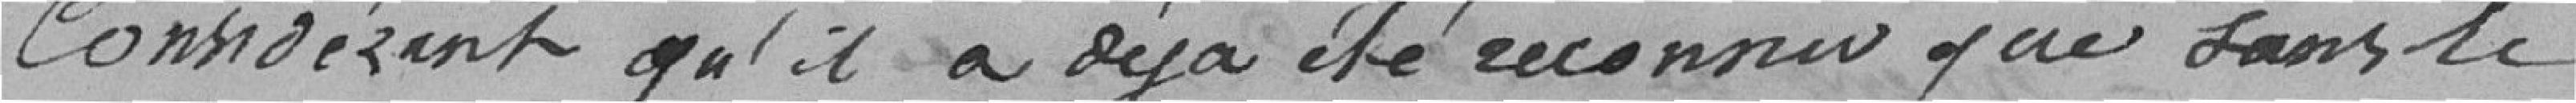
Considérant qu'il a déjà été reconnu que sans le